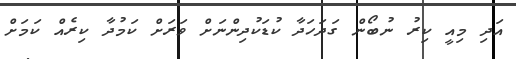
އަދި މިއީ ކިރު ނުބޯން ގަދަހަދާ ކުޑަކުދިންނަށް ވަރަށް ކަމުދާ ކިރެއް ކަމަށް